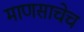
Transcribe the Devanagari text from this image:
माणसाचेच